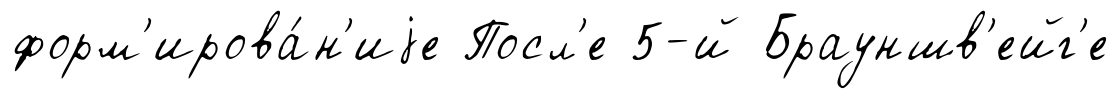
форм'ирова́н'иjе Посл'е 5-й Брауншв'ейг'е